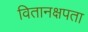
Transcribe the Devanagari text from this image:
वितानक्षपता